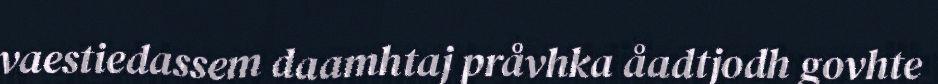
vaestiedassem daamhtaj pråvhka åadtjodh govhte